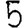
Digit: 5